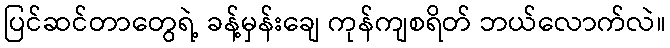
ပြင်ဆင်တာတွေရဲ့ ခန့်မှန်းချေ ကုန်ကျစရိတ် ဘယ်လောက်လဲ။